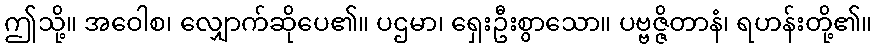
ဤသို့။ အဝေါစ၊ လျှောက်ဆိုပေ၏။ ပဌမာ၊ ရှေးဦးစွာသော။ ပဗ္ဗဇ္ဇိတာနံ၊ ရဟန်းတို့၏။